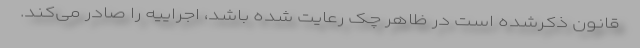
قانون ذکرشده است در ظاهر چک رعایت شده باشد، اجراییه را صادر می‌کند.